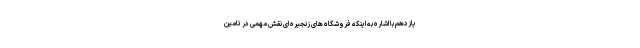
یازدهم با اشاره به اینکه فروشگاه های زنجیره ای نقش مهمی در تامین